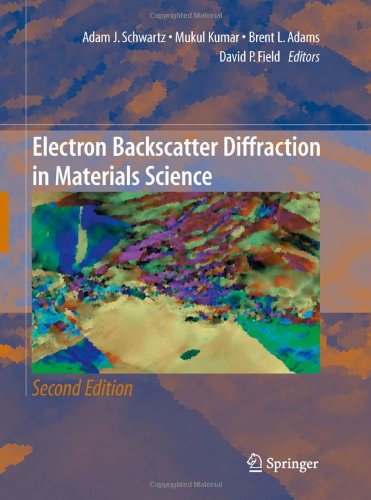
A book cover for Electron Backscatter Diffraction in Materials Science; Science & Math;